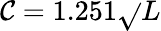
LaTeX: \mathcal{C}=1.251{\sqrt{}{{L}}}